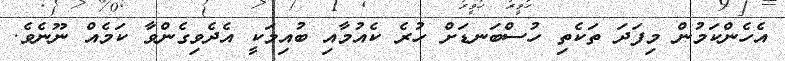
އެހެންކަމުން މިފަދަ ތަކެތި ހުސްބަނޑަށް ހުރެ ކެއުމާއި ބުއިމަކީ އެދެވިގެންވާ ކަމެއް ނޫނެވެ.